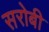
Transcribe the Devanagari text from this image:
सरोबी